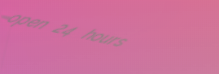
open 24 hours